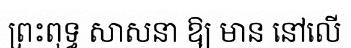
ព្រះពុទ្ធ សាសនា ឱ្យ មាន នៅលើ